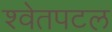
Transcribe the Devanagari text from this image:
श्‍वेतपटल